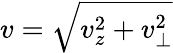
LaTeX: v=\sqrt{v_{z}^{2}+v_{\perp}^{2}}